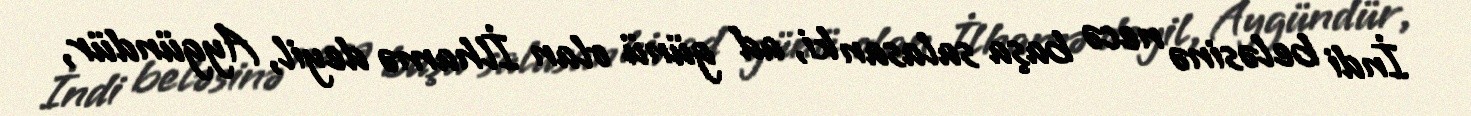
İndi beləsinə necə başa salasan ki, ad günü olan İlhamə deyil, Aygündür,